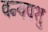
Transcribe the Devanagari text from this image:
वन्यपशु